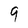
Character: 9